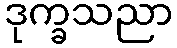
ဒုက္ခသညာ